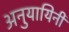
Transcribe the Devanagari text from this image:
अनुयायिनी